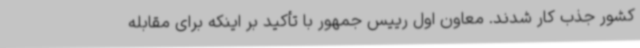
کشور جذب کار شدند. معاون اول رییس جمهور با تأکید بر اینکه برای مقابله